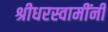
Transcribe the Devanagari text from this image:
श्रीधरस्वामींनी